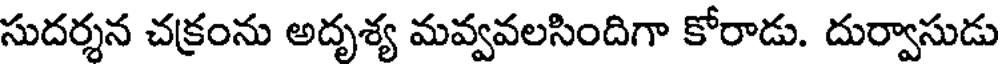
సుదర్శన చక్రంను అదృశ్య మవ్వవలసిందిగా కోరాడు. దుర్వాసుడు